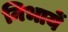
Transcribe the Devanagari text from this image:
निभायें